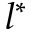
l ^ { * }